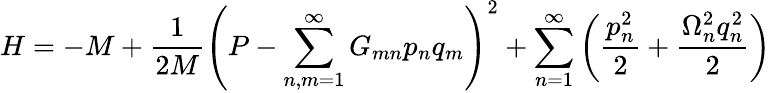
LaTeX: H=-M+\frac{1}{2M}\left(P-\sum_{n,m=1}^{\infty}G_{mn}p_{n}q_{m}\right)^{2}+\sum_{n=1}^{\infty}\left(\frac{p_{n}^{2}}{2}+\frac{\Omega_{n}^{2}q_{n}^{2}}{2}\right)